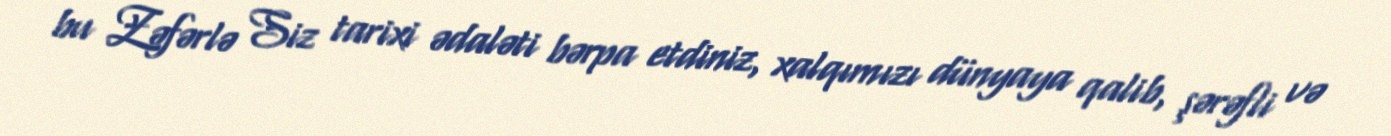
bu Zəfərlə Siz tarixi ədaləti bərpa etdiniz, xalqımızı dünyaya qalib, şərəfli və